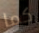
كما